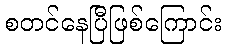
စတင်နေပြီဖြစ်ကြောင်း